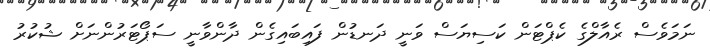
ނަމަވެސް ރެއާލްގެ ކެޕްޓަން ކަސިޔަސް ވަނީ ދަނޑުން ފައިބައިގެން ދާންވާނީ ސަޕޯޓަރުންނަށް ޝުކުރު